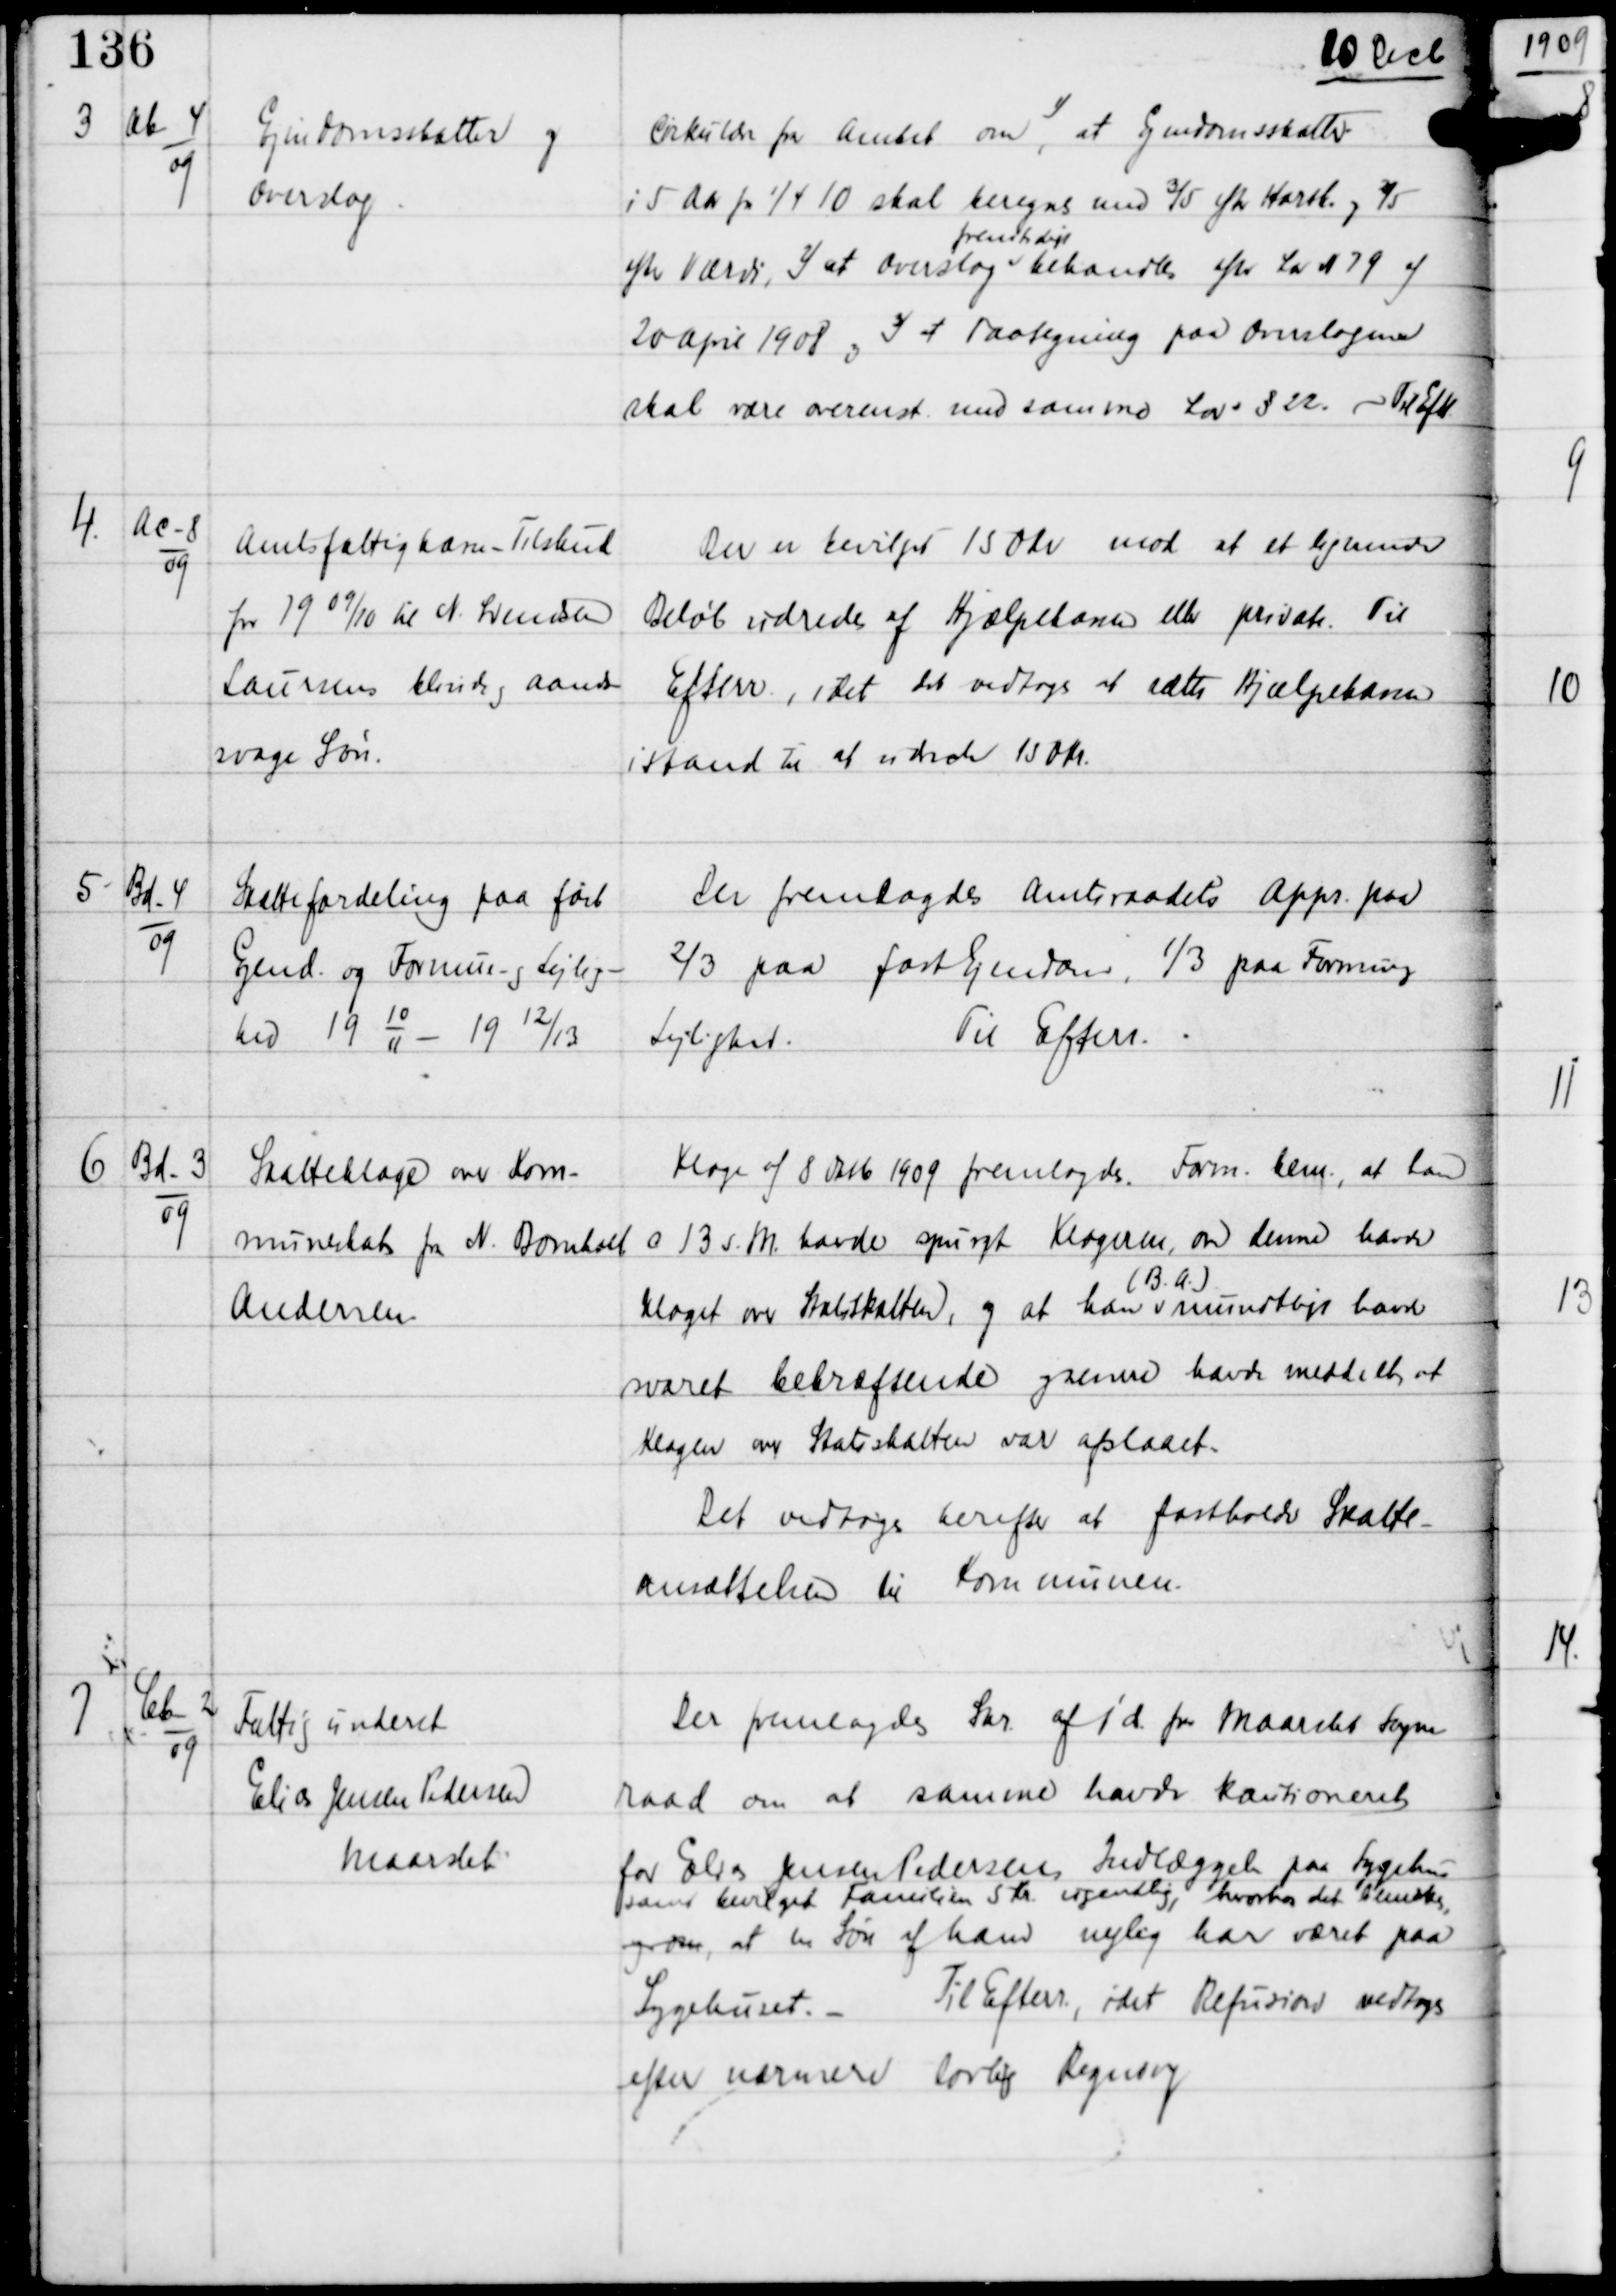
Transskription:
10 Decb

3

Ab-4
09

Ejendomsskatter og
overslag

Cirkulære fra Amtet om,
1)
at Ejendomsskatter
i 5 Aar fra 1/4 10 skal beregnes med 3/5 efter Kasseh og 2/5
efter Værdi, 2) at Overslag
fremtidigt
behandles efter Lov N 79 af
20 April 1908 og 3) at Paategning paa Overslagene
skal være overenst med samme Lov § 22.
Til Eft

4.

Ac-8
09

Amtsfattigkasse - Tilskud
for 19 09/10 til N Svendsen
Laursens blinde og aand-
svage Søn.

Der er bevilget 150 Kr mod at et lignende
Beløb udredes af Hjælpekassen eller private. Til
Efterr, idet det vedtoges at sætte Hjælpekassen
istand til at udrede 150 Kr

5

Bd-4
09

Skattefordeling paa fast
Ejend og Formue og Lejlig-
hed 19
10
11 -
19
12/13

Der fremlagdes Amtsraadets Appr paa
2/3 paa fast Ejendom. 1/3 paa Formue og
Lejlighed.
Til Efterr.

6

Bd-3
09

Skatteklage over Kom-
muneskat fra N Bomholt
Andersen

KLage af 8 Oktb 1909 fremlagdes. Form bem, at han
o 13 s.M havde spurgt Klageren om denne havde
klaget over Statsskatten, og at han
(B.A.)
mundtligt havde
svaret bekræftende og senere havde meddelt, at
Klagen over Statsskatten var afslaaet.
Det vedtoges herefter at fastholde Skatte-
ansættelsen til Kommunen.

7

Cb-2
09

Fattigunderst
Elias Jensen Pedersen
Maarslet

Der fremlagdes Skr af i d. fra Maarslet Sogne-
raad om at samme havde Kautioneret
for Elias Jensen Pedersens Indlæggel paa Sygehuset
samt bevilget Familien 5 Kr ugentlig, hvorhos det Bemærkes
og om, at en Søn af ham nylig har været paa
Sygehuset. -
Til Efterr, idet Refusion vedtoges
efter nærmere lovlig Regning